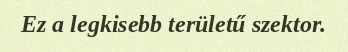
Ez a legkisebb területű szektor.